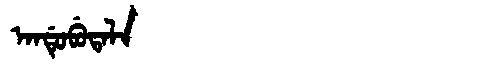
Manchu: ᠠᠨᡩᡠᠪᡠᡨᠠᠯᠠ
Romanization: ANDUBUTALA